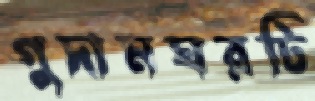
গুদামঘরটি